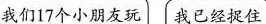
我们17个小朋友玩 我已经捉住